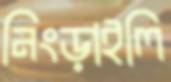
নিংড়াইলি